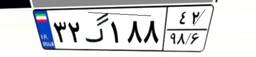
۳۲گ۱۸۸۴۲